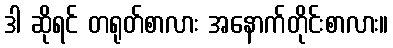
ဒါ ဆိုရင် တရုတ်စာလား အနောက်တိုင်းစာလား။